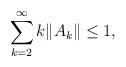
LaTeX: \begin{align*}\sum_{k=2}^\infty k\|A_k\|\leq 1,\end{align*}